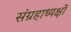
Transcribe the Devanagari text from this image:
संग्रहाध्यक्षों